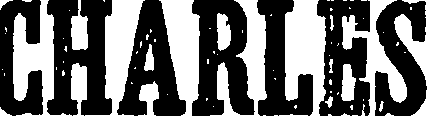
CHARLES